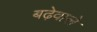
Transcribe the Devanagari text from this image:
बढ़ेवाले